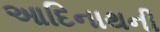
આદિનાથની